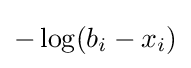
-\log(b_{i}-x_{i})